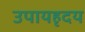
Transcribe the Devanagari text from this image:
उपायहृदय